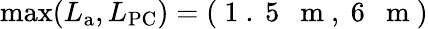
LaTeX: \operatorname*{max}(L_{\mathrm{a}},L_{\mathrm{PC}})=(\mathrm{~1~.~5~~~m~},\mathrm{~6~~~m~})